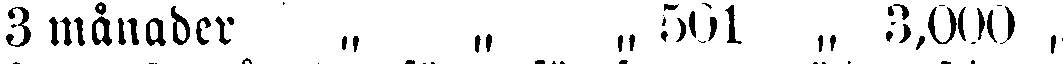
3 månader „ „ „ 501 „ 3,000 „